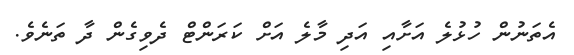
އެތަނުން ހުޅުލެ އަށާއި އަދި މާލެ އަށް ކަރަންޓް ދެވިގެން ދާ ތަނެވެ.